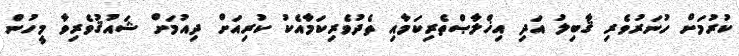
ކުރުމަށް ހުނަރުވެރި ޤާބިލު އަދި އިޚްލާޞްތެރިކަމާއި ތެދުވެރިކަމާއެކު ކުރިއަށް ދިއުމަށް ޝައުޤުވެރިވާ މީހުން